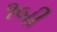
૧બી